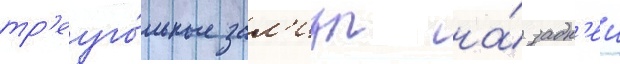
тр'еуго́льные зал'изы на́ задн'еи